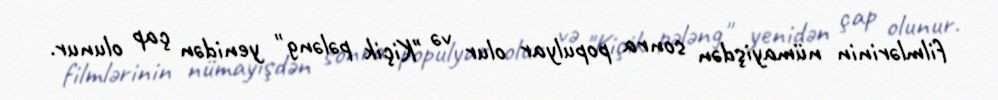
filmlərinin nümayişdən sonra populyar olur və "Kiçik pələng" yenidən çap olunur.